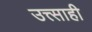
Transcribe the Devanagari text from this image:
उत्त्साही